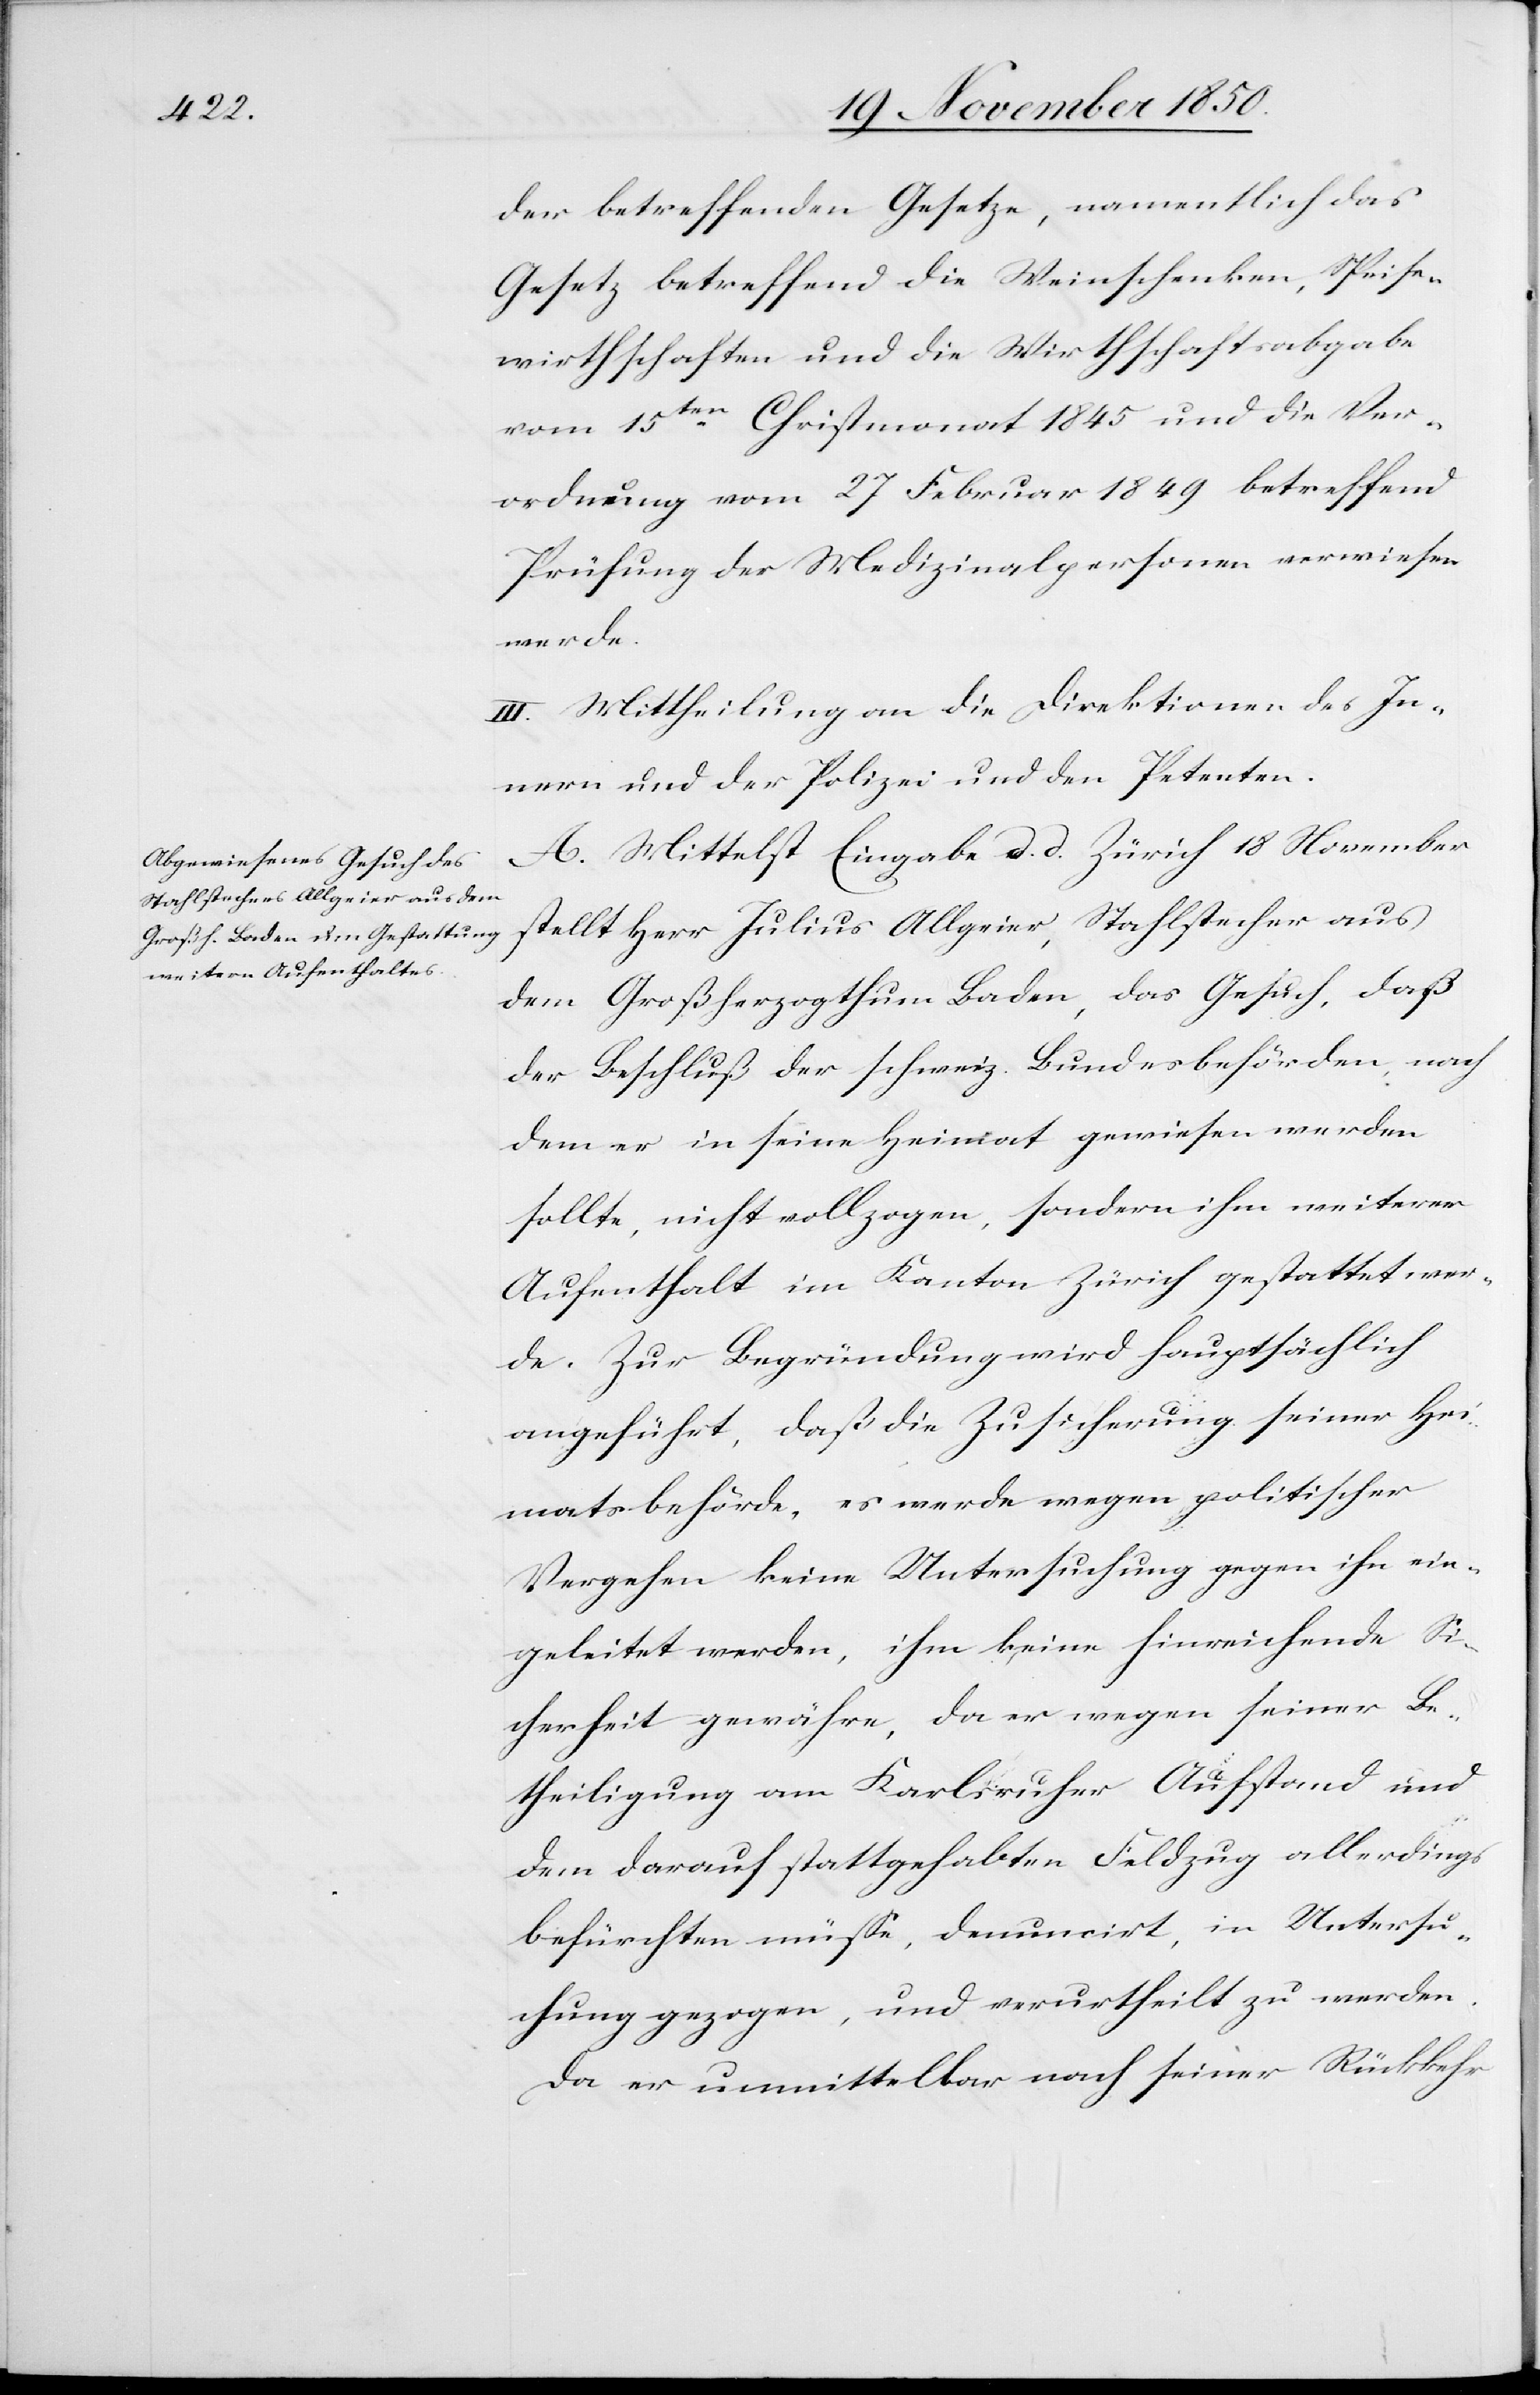
der betreffenden Gesetze, namentlich das
Gesetz betreffend die Weinschenken, Speise¬
wirthschaften und die Wirthschaftsabgabe
vom 15ten Christmonat 1845 und die Ver¬
ordnung vom 27 Februar 1849 betreffend
Prüfung der Medizinalpersonen verwiesen
werde.
III. Mittheilung an die Direktion des In¬
nern und der Polizei und den Petenten.
A. Mittelst Eingabe d. d. Zürich 18 November
stellt Herr Julius Allgeier, Stahlstecher aus
dem Großherzogthum Baden, das Gesuch, daß
der Beschluß der schweiz. Bundesbehörden, nach¬
dem er in seine Heimat gewiesen werden
sollte, nicht vollzogen, sondern ihm weiterer
Aufenthalt im Kanton Zürich gestattet wer¬
de. Zur Begründung wird hauptsächlich
angeführt, daß die Zusicherung seiner Hei¬
matsbehörde, es werde wegen politischer
Vergehen keine Untersuchung gegen ihn ein¬
geleitet werden, ihm keine hinreichende Si¬
cherheit gewähre, da er wegen seiner Be¬
theiligung am Karlsruher Aufstand und
dem darauf stattgehabten Feldzug allerdings
befürchten müsse, denuncirt, in Untersu¬
chung gezogen, und verurtheilt zu werden.
Da er unmittelbar nach seiner Rückkehr